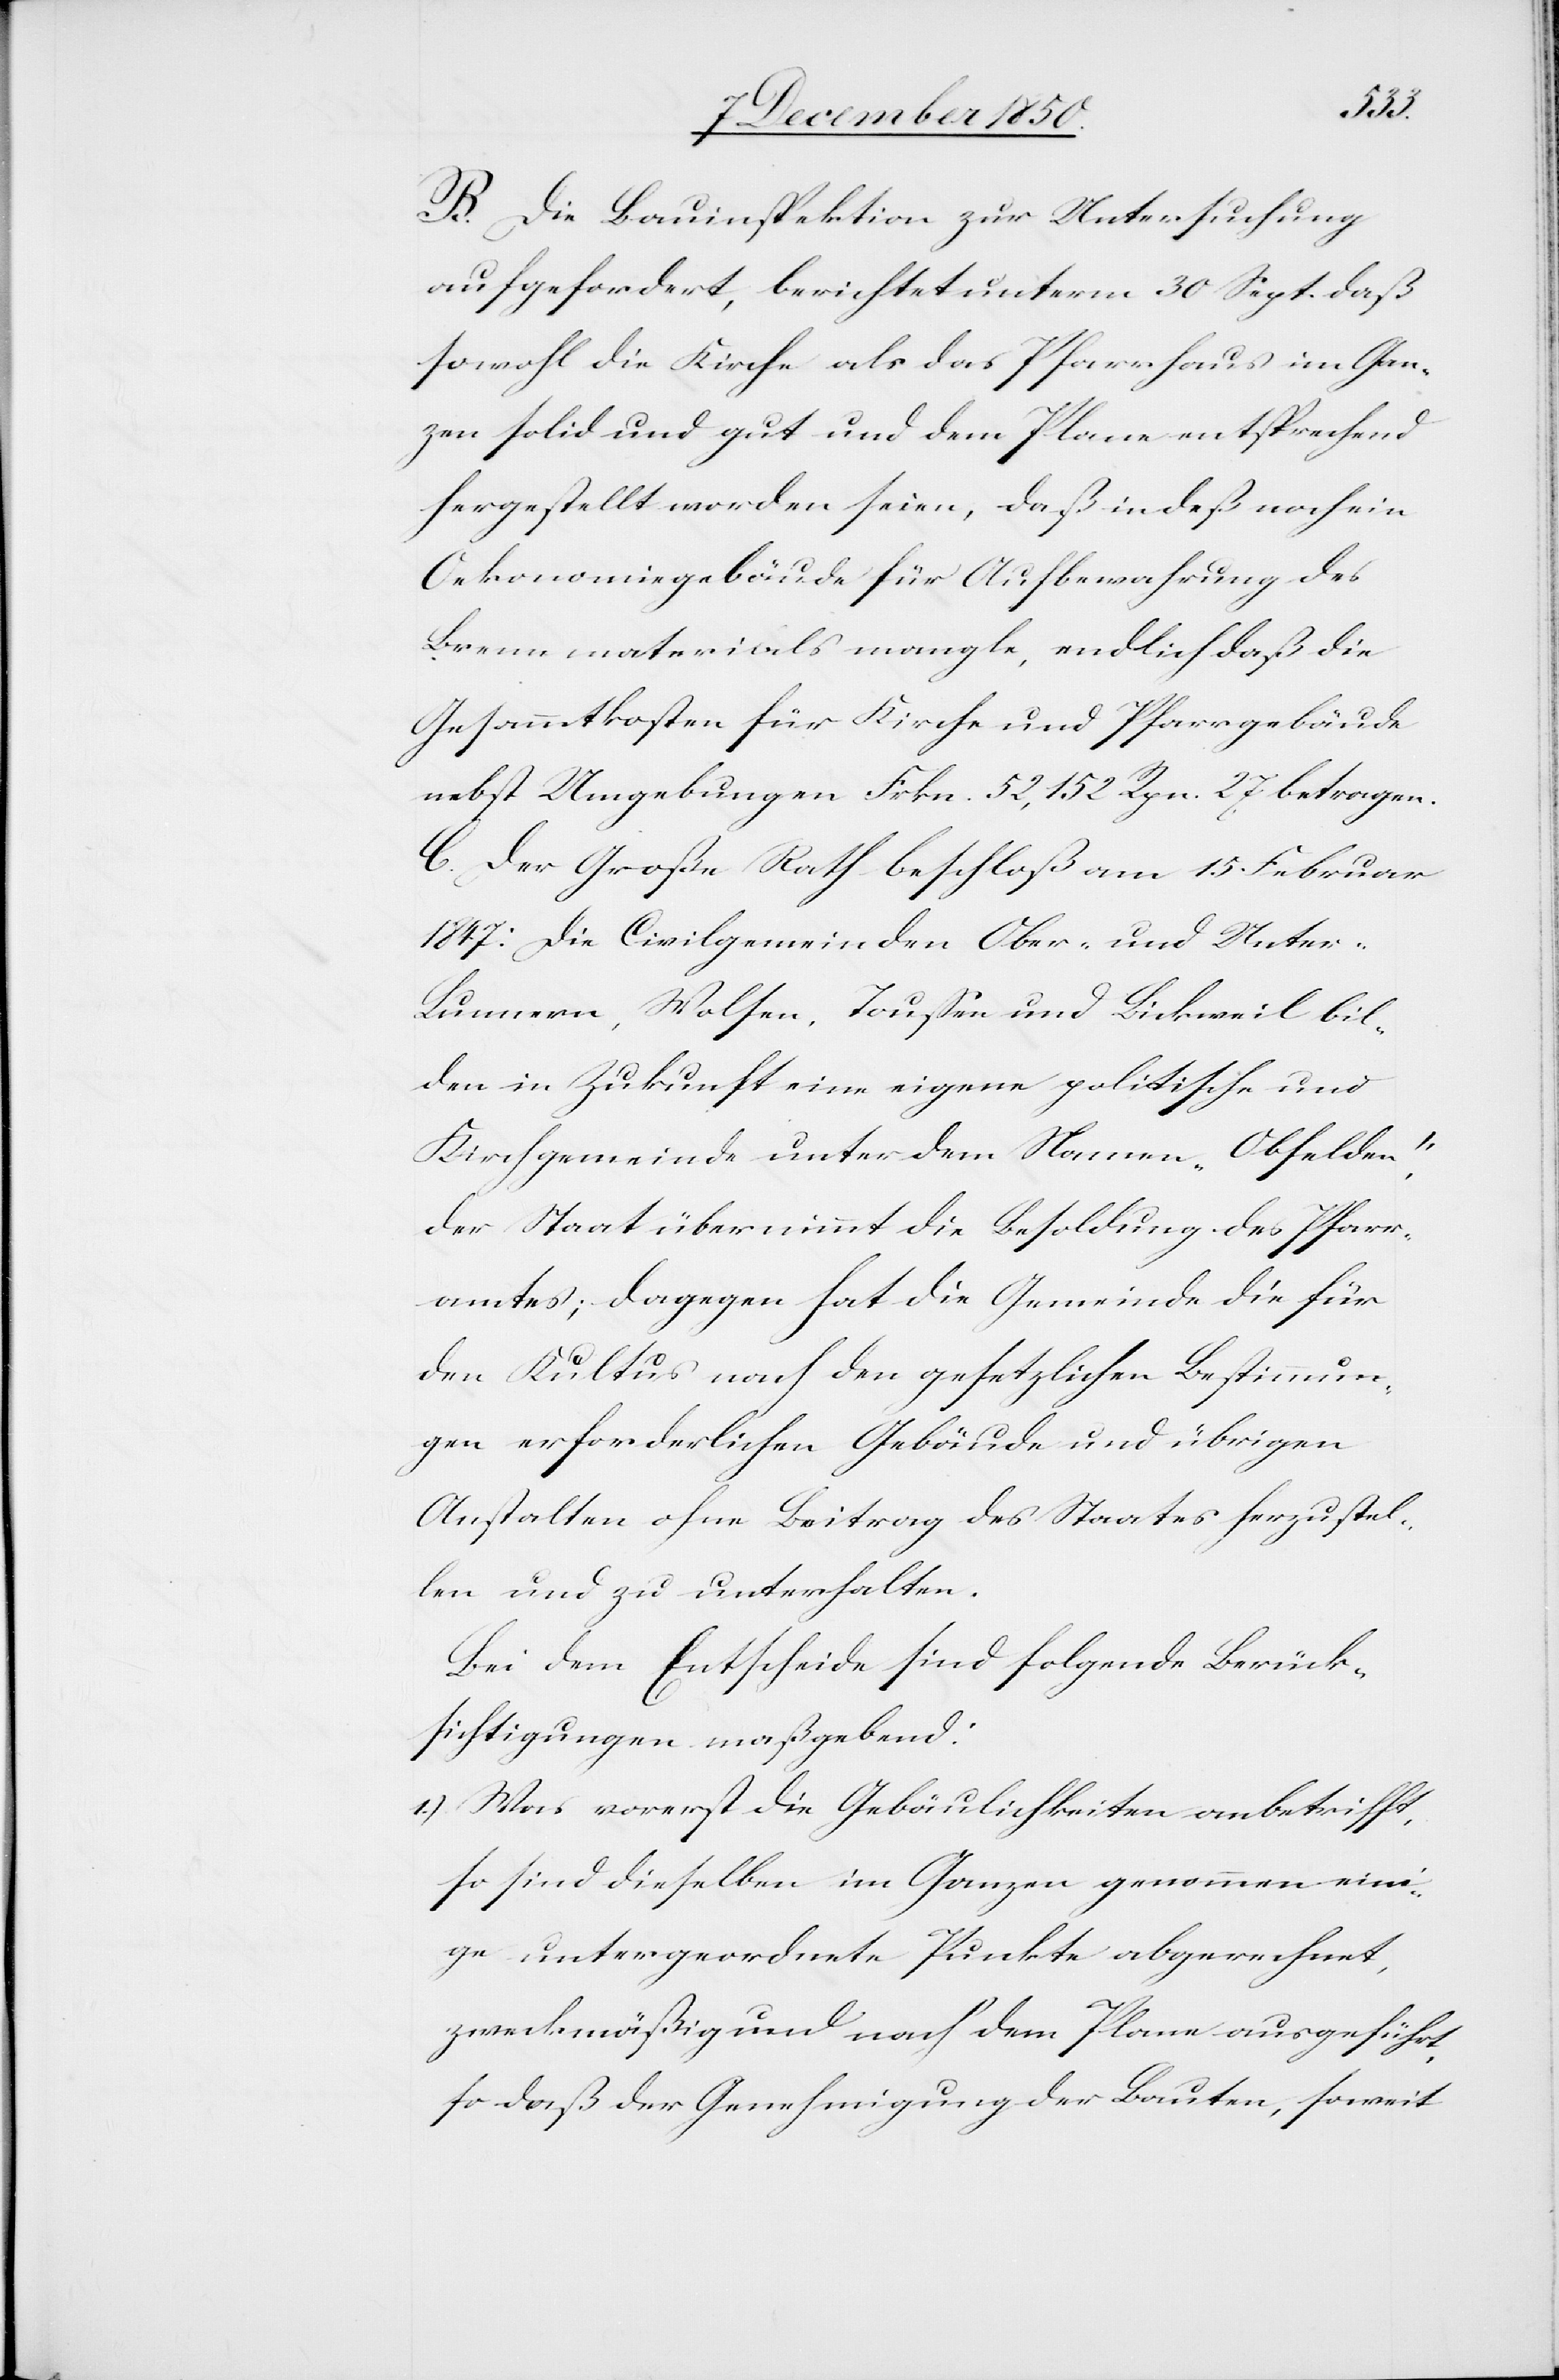
B. Die Bauinspektion zur Untersuchung
aufgefordert, berichtet unterm 30 Sept. daß
sowohl die Kirche als das Pfarrhaus im Gan¬
zen solid und gut und dem Plane entsprechend
hergestellt worden seien, daß indeß noch ein
Oekonomiegebäude für Aufbewahrung des
Brennmaterials mangle, endlich daß die
Gesammtkosten für Kirche und Pfarrgebäude
nebst Umgebungen Frkn. 52,152 Rpn. 27 betragen.
C. Der Große Rath beschloß am 15 Februar
1847. die Civilgemeinden Ober- und Unter-L¬
unnern, Wolsen, Toussen und Bickweil bil¬
den in Zukunft eine eigene politische und
Kirchgemeinde unter dem Namen „Obfelden“,
der Staat übernimmt die Besoldung des Pfarr¬
amtes; dagegen hat die Gemeinde die für
den Kultus nach den gesetzlichen Bestimmun¬
gen erforderlichen Gebäude und übrigen
Anstalten ohne Beitrag des Staates herzustel¬
len und zu unterhalten.
Bei dem Entscheide sind folgende Berück¬
sichtigungen maßgebend:
1.) Was vorerst die Gebäulichkeiten anbetrifft,
so sind dieselben im Ganzen genommen eini¬
ge untergeordnete Punkte abgerechnet,
zweckmäßig und nach dem Plane ausgeführt,
so daß der Genehmigung der Bauten, soweit